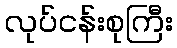
လုပ်ငန်းစုကြီး